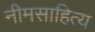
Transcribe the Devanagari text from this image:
नीमसाहित्य